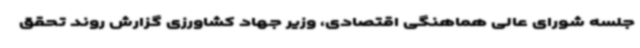
جلسه شورای عالی هماهنگی اقتصادی، وزیر جهاد کشاورزی گزارش روند تحقق